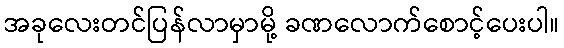
အခုလေးတင်ပြန်လာမှာမို့ ခဏလောက်စောင့်ပေးပါ။